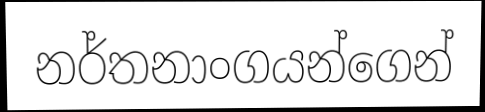
නර්තනාංගයන්ගෙන්